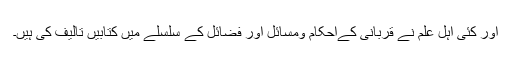
اور کئی اہل علم نے قربانی کےاحکام ومسائل اور فضائل کے سلسلے میں کتابیں تالیف کی ہیں۔